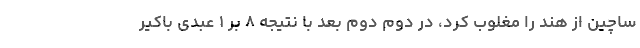
ساچین از هند را مغلوب کرد، در دوم دوم بعد با نتیجه ۸ بر ۱ عبدی باکیر